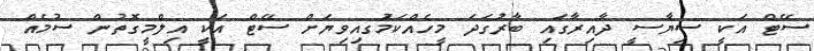
ސޭޓް އަކީ ސިޔާސީ ދާއިރާގައި ބާރުގަދަ މީހެއްކަމުަގއިވިޔަށް ސޭޓް އަކީ އިލްމީގޮތުން ސުމެއް